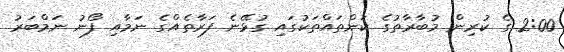
2:00 ގެ ކުރިން މުބާރާތުގެ ކަންތައްތަކުގައި ގުޅޭނެ ފަރާތެއްގެ ނަމާއި ފޯނު ނަމްބަރު